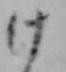
け